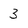
Character: 3